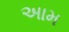
અામ